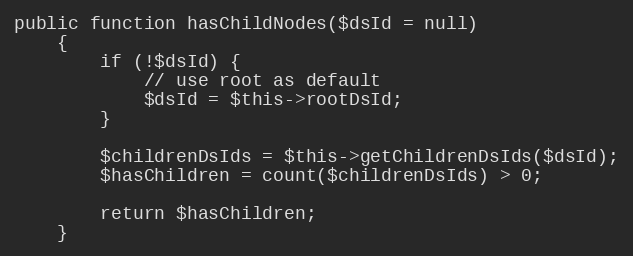
Language: PHP
public function hasChildNodes($dsId = null)
    {
        if (!$dsId) {
            // use root as default
            $dsId = $this->rootDsId;
        }

        $childrenDsIds = $this->getChildrenDsIds($dsId);
        $hasChildren = count($childrenDsIds) > 0;

        return $hasChildren;
    }